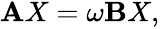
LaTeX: \begin{array}{r}{\mathbf{A}{X}=\omega\mathbf{B}{X},}\end{array}